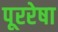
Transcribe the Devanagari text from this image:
पूररेषा